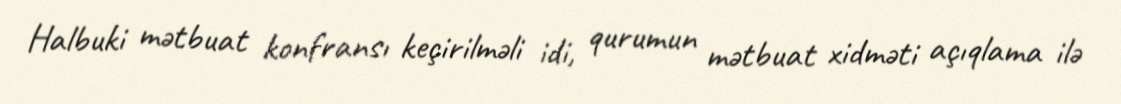
Halbuki mətbuat konfransı keçirilməli idi, qurumun mətbuat xidməti açıqlama ilə